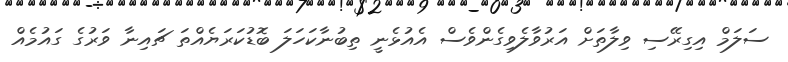
ސަލަމް އިގިރޭސި ވިލާތަށް އަރުވާލެވިގެންވެސް އެއުޅެނީ ތިބުނާކަހަލަ ބޮޑުކަރަޔެއްތަ ޗައިނާ ވަރުގެ ގައުމެއް